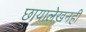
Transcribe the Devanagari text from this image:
छायालेखनही